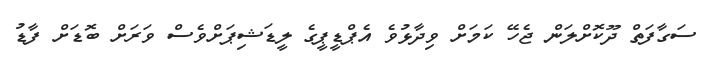
ސަގާފަތް ދޫކޮށްލަން ޖެހޭ ކަމަށް ވިދާޅުވެ އެޕްޑީޕީގެ ލީޑަޝިޕަށްވެސް ވަރަށް ބޮޑަށް ފާޑު